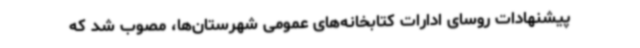
پیشنهادات روسای ادارات کتابخانه‌های عمومی شهرستان‌ها، مصوب شد که